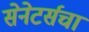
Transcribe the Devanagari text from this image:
सेनेटर्सचा